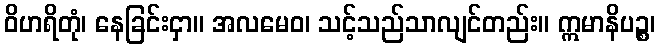
ဝိဟရိတုံ၊ နေခြင်းငှာ။ အလမေဝ၊ သင့်သည်သာလျင်တည်း။ ဣမာနိပဉ္စ၊